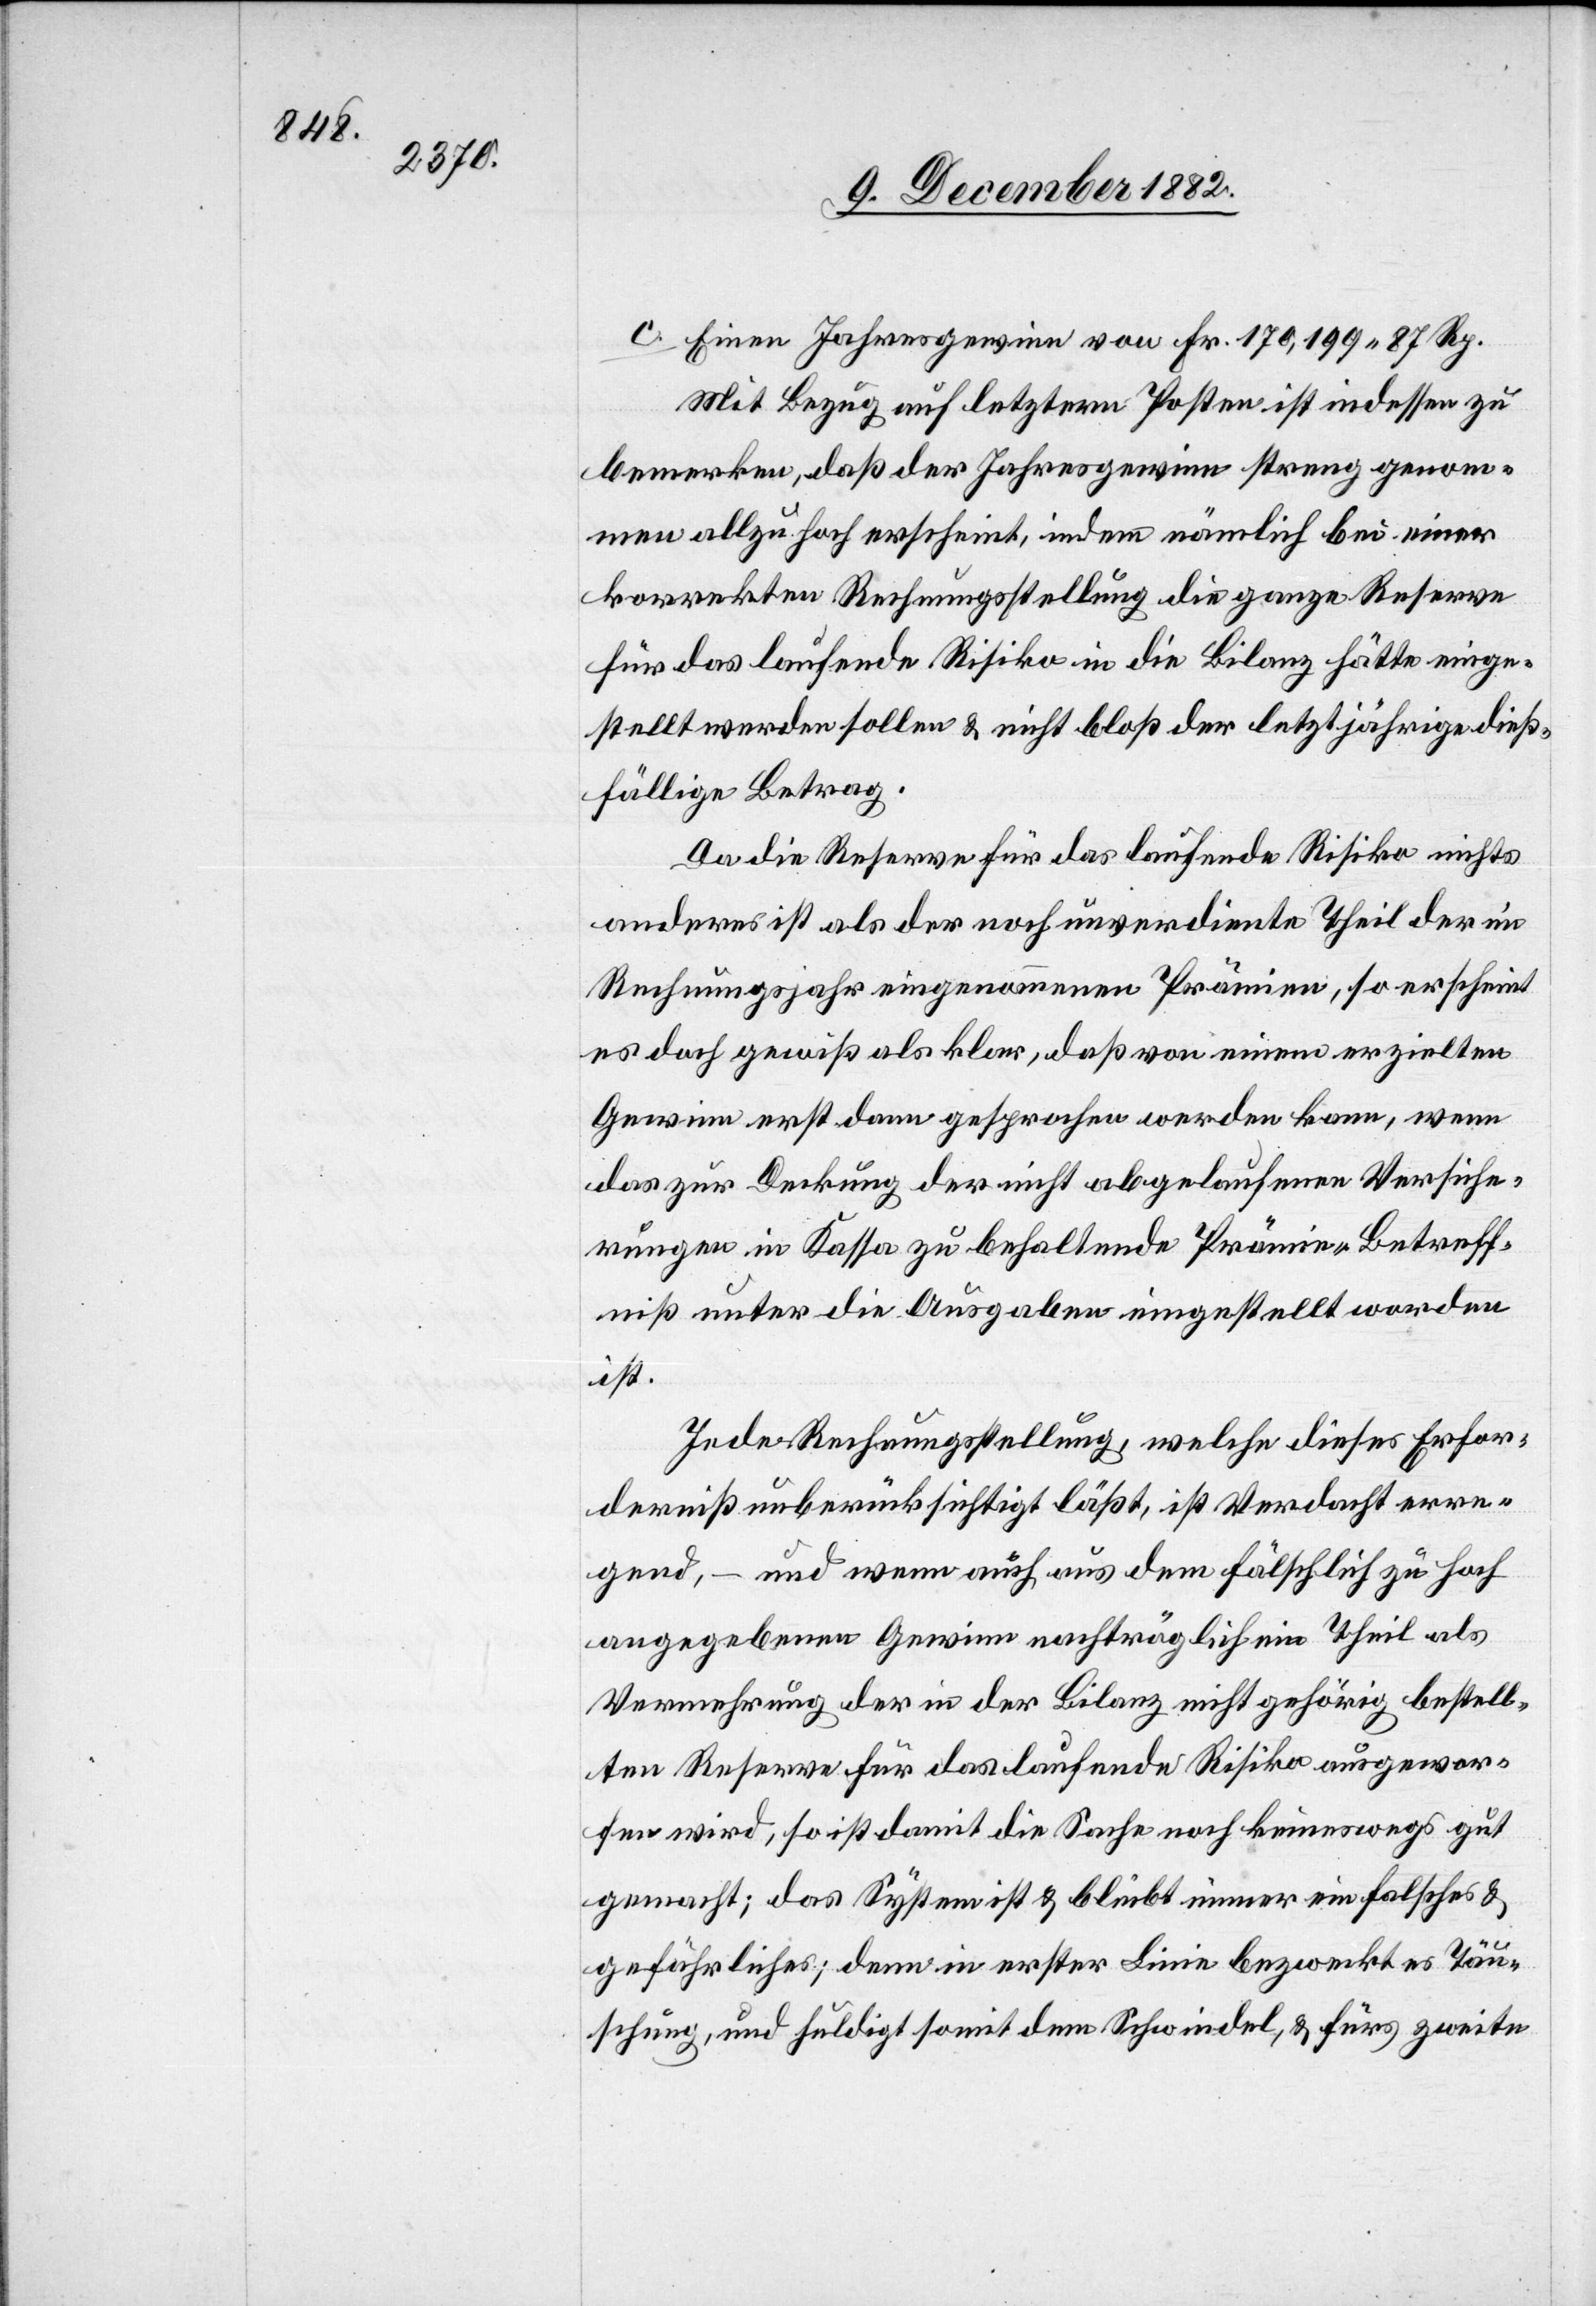
c. Einen Jahresgewinn von Fr. 170,199 87 Rp.
Mit Bezug auf letztern Posten ist indessen zu
bemerken, daß der Jahresgewinn streng genom¬
men allzu hoch erscheint, indem nämlich bei einer
korrekten Rechnungsstellung die ganze Reserve
für das laufende Risiko in die Bilanz hätte einge¬
stellt werden sollen & nicht bloß der letztjährige dieß¬
fällige Betrag.
Da die Reserve für das laufende Risiko nichts
anderes ist als der noch unverdiente Theil der im
Rechnungsjahr eingenommenen Prämien, so erscheint
es doch gewiß als klar, daß von einem erzielten
Gewinn erst dann gesprochen werden kann, wenn
das zur Deckung der nicht abgelaufenen Versiche¬
rungen in Kassa zu behaltende Prämien-Betreff¬
nis unter die Ausgaben eingestellt worden
ist.
In der Rechnungsstellung, welche dieses Erfor¬
derniß unberücksichtigt läßt, ist Verdacht erre¬
gend, – und wenn auch aus dem fälschlich zu hoch
angegebenen Gewinn nachträglich ein Theil der
Vermehrung der in der Bilanz nicht gehörig bestell¬
ten Reserve für das laufende Risiko ausgewor¬
fen wird, so ist damit die Sache noch keineswegs gut
gemacht; das System ist & bleibt immer ein falsches &
gefährliches; denn in erster Linie bezweckt es Täu¬
schung, und huldigt somit dem Schwindel, & fürs zweite